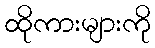
ထိုကားများကို